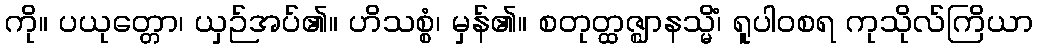
ကို။ ပယုတ္တော၊ ယှဉ်အပ်၏။ ဟိသစ္စံ၊ မှန်၏။ စတုတ္ထဇ္ဈာနသ္မိံ၊ ရူပါဝစရ ကုသိုလ်ကြိယာ